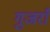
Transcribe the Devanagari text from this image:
गुजराँ